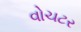
વોચટર